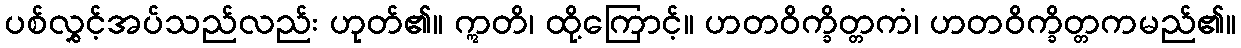
ပစ်လွှင့်အပ်သည်လည်း ဟုတ်၏။ ဣတိ၊ ထို့ကြောင့်။ ဟတဝိက္ခိတ္တကံ၊ ဟတဝိက္ခိတ္တကမည်၏။